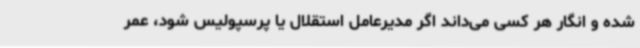
شده و انگار هر کسی می‌داند اگر مدیرعامل استقلال یا پرسپولیس شود، عمر